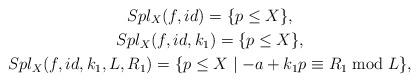
LaTeX: \begin{gather*}Spl_X(f,id)= \{ p\le X\},\\Spl_X(f,id,k_1)= \{ p\le X\},\\Spl_X(f,id,k_1,L,R_1)= \{ p\le X\mid -a+k_1p\equiv R_1\bmod L\},\end{gather*}